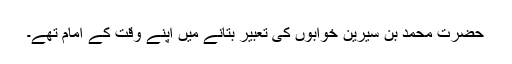
حضرت محمد بن سیرینؒ خوابوں کی تعبیر بتانے میں اپنے وقت کے امام تھے۔